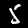
Label: 5